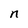
Character: n